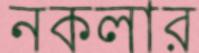
নকলার